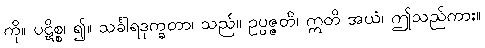
ကို။ ပဋိစ္စ၊ ၍။ သင်္ခါရဒုက္ခတာ၊ သည်။ ဥပ္ပဇ္ဇတိ၊ ဣတိ အယံ၊ ဤသည်ကား။